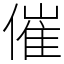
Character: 催